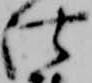
仕